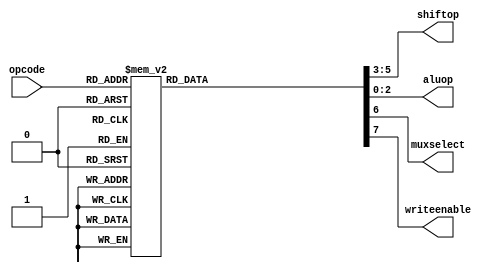
/*
opcode: [input 3-bit] op code from the fetched instruction
shiftop: [output 3-bit] operation bits for the Shifter
aluop: [output 3-bit] operation bits for the ALU
muxselect: [output 1-bit] selection bit for the MUX
writeenable: [output 1-bit] write enable signal for the RegFile
*/
module control(opcode, shiftop, aluop, muxselect, writeenable);

  input [2:0] opcode; 	// op code
  output reg [2:0] shiftop;	// Shift operation
  output reg [2:0] aluop;	// ALU Operation
  output reg muxselect; 	// Multiplexer Select
  output reg writeenable;	// Write Enable on/of


  always @(opcode) begin
   case(opcode)
    3'b000 : begin aluop = 0; shiftop = 2; muxselect = 0; writeenable = 1; end
    3'b001 : begin aluop = 1; shiftop = 2; muxselect = 0; writeenable = 1; end
    3'b010 : begin aluop = 2; shiftop = 2; muxselect = 0; writeenable = 1; end   
    3'b011 : begin aluop = 3; shiftop = 2; muxselect = 0; writeenable = 1; end
    3'b100 : begin aluop = 4; shiftop = 2; muxselect = 0; writeenable = 1; end
    3'b101 : begin aluop = 5; shiftop = 2; muxselect = 0; writeenable = 1; end
    3'b110 : begin aluop = 6; shiftop = 0; muxselect = 1; writeenable = 1; end
    3'b111 : begin aluop = 6; shiftop = 1; muxselect = 1; writeenable = 1; end
    default: begin aluop = 0; shiftop = 2; muxselect = 0; writeenable = 0; end
    endcase
  end
 
endmodule